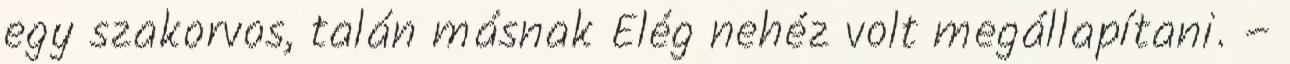
egy szakorvos, talán másnak Elég nehéz volt megállapítani. –